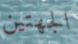
الجهتين